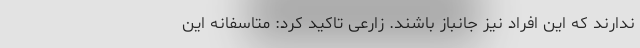
ندارند که این افراد نیز جانباز باشند. زارعی تاکید کرد: متاسفانه این